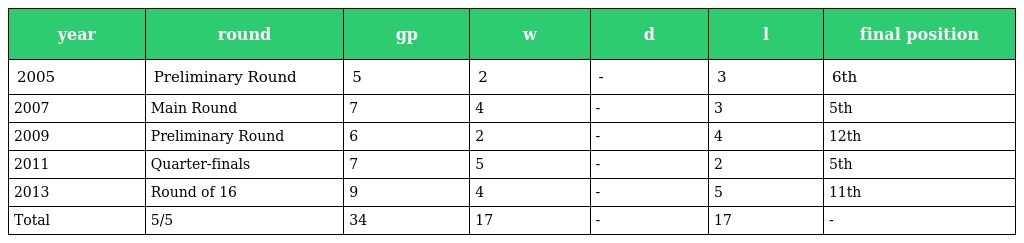
| year | round | gp | w | d | l | final position |
 | --- | --- | --- | --- | --- | --- | --- |
 | 2005 | Preliminary Round | 5 | 2 | - | 3 | 6th |
 | 2007 | Main Round | 7 | 4 | - | 3 | 5th |
 | 2009 | Preliminary Round | 6 | 2 | - | 4 | 12th |
 | 2011 | Quarter-finals | 7 | 5 | - | 2 | 5th |
 | 2013 | Round of 16 | 9 | 4 | - | 5 | 11th |
 | Total | 5/5 | 34 | 17 | - | 17 | - |